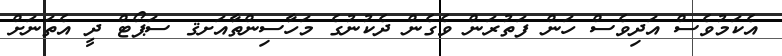
އެކަމުވެސް އަދިވެސް ހަން ފަތުރަން ވެގެން ދެކުނުގެ މަހާސިންތާއަށޤ ސަޕޯޓް ދީ އެތަނަށް